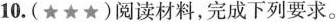
10.(★★★)阅读材料，完成下列要求。